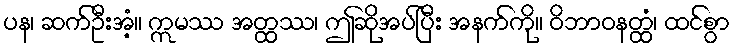
ပန၊ ဆက်ဦးအံ့။ ဣမဿ အတ္ထဿ၊ ဤဆိုအပ်ပြီး အနက်ကို။ ဝိဘာဝနတ္ထံ၊ ထင်စွာ